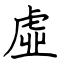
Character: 虛